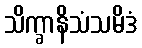
သိက္ခာနိသံသမိဒံ